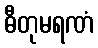
ဓီတုမရဏံ